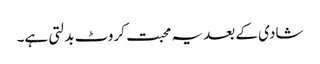
شادی کے بعد یہ محبت کروٹ بدلتی ہے۔